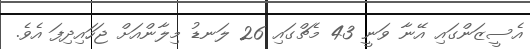
އެސީޒަންގައި އޭނާ ވަނީ 43 މެޗްގައި 26 ލަނޑު މިލާންއަށް ޖަހައިދިފަ އެވެ.